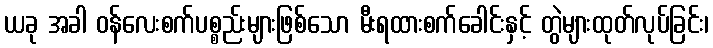
ယခု အခါ ဝန်လေးစက်ပစ္စည်းများဖြစ်သော မီးရထားစက်ခေါင်းနှင့် တွဲများထုတ်လုပ်ခြင်း၊